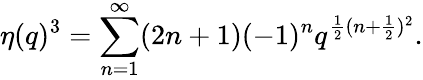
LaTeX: \eta(q)^{3}=\sum_{n=1}^{\infty}(2n+1)(-1)^{n}q^{\frac{1}{2}(n+\frac{1}{2})^{2}}.